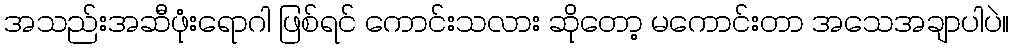
အသည်းအဆီဖုံးရောဂါ ဖြစ်ရင် ကောင်းသလား ဆိုတော့ မကောင်းတာ အသေအချာပါပဲ။